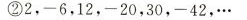
②2，-6，12，-20，30，-42，…